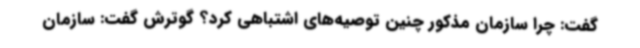
گفت: چرا سازمان مذکور چنین توصیه‌های اشتباهی کرد؟ گوترش گفت: سازمان